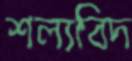
শল্যবিদ